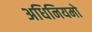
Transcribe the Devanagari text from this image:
अधिनियमो